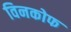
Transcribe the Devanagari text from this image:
विनकोफ